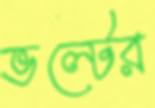
ভল্টের